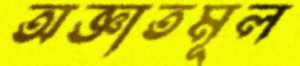
অজ্ঞাতমূল